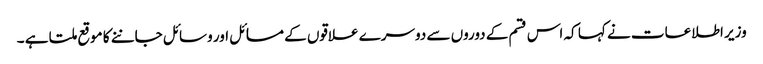
وزیر اطلاعات نے کہا کہ اس قسم کے دوروں سے دوسرے علاقوں کے مسائل اور وسائل جاننے کا موقع ملتا ہے ۔